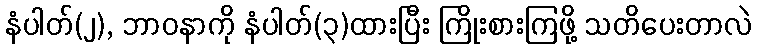
နံပါတ်(၂), ဘာဝနာကို နံပါတ်(၃)ထားပြီး ကြိုးစားကြဖို့ သတိပေးတာလဲ